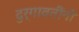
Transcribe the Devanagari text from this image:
दुर्गावतींनी